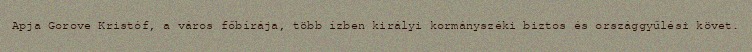
Apja Gorove Kristóf, a város főbírája, több ízben királyi kormányszéki biztos és országgyűlési követ.